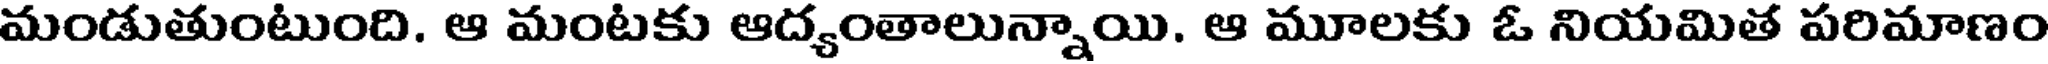
మండుతుంటుంది. ఆ మంటకు ఆద్యంతాలున్నాయి. ఆ మూలకు ఓ నియమిత పరిమాణం